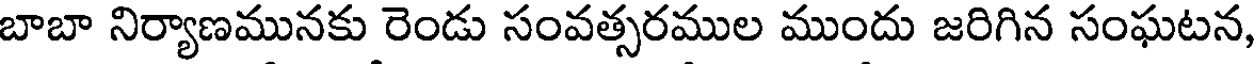
బాబా నిర్యాణమునకు రెండు సంవత్సరముల ముందు జరిగిన సంఘటన,